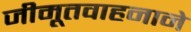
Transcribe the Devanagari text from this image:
जीमूतवाहनाने